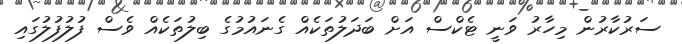
ސަރުކާރުން މިހާރު ވަނީ ޓެކްސް އަށް ބަދަލުތަކެއް ގެނައުމުގެ ބިލުތަކެއް ވެސް ފުލުފުލުގައި